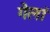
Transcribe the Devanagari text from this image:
गेलां